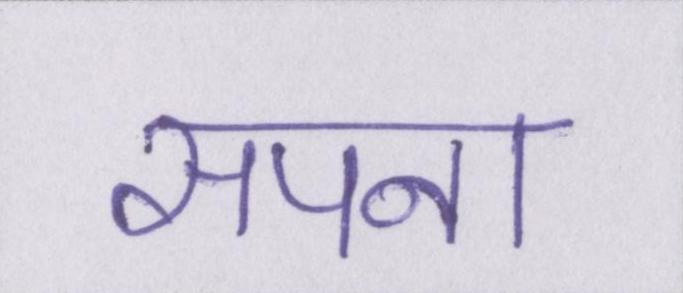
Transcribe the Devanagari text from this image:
सपना